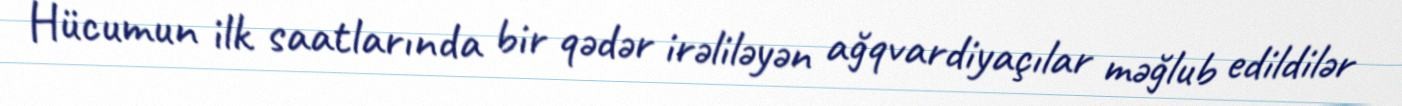
Hücumun ilk saatlarında bir qədər irəliləyən ağqvardiyaçılar məğlub edildilər